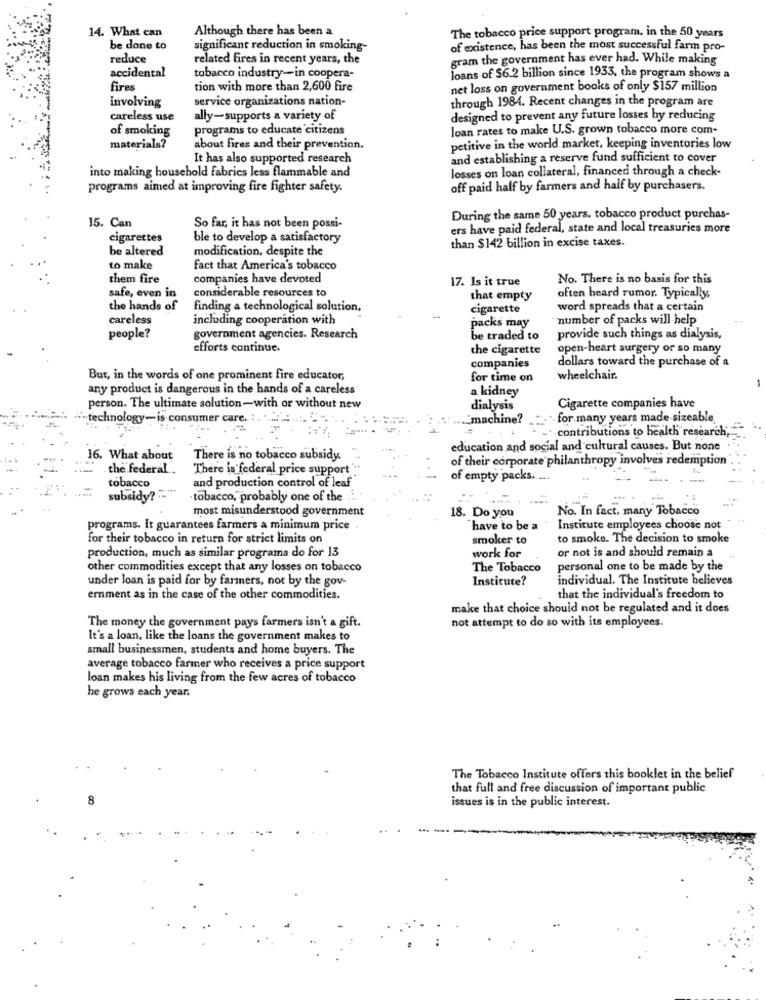
14. What can
Although there has been a
The tobacco price support program, in the 50 years
be done to
significant reduction in smoking-
of existence, has been the most successful farm pro-
reduce
related fires in recent years, the
gram the government has ever had. While making
accidental
tobacco industry-in coopera-
loans of $6.2 billion since 1933, the program shows a
fires
tion with more than 2,600 fire
net loss on government books of only $157 million
involving
service organizations nation-
through 1984. Recent changes in the program are
careless use
ally-supports a variety of
designed to prevent any future losses by reducing
of smoking
programs to educate citizens
loan rates to make U.S. grown tobacco more com-
materials?
about fires and their prevention.
petitive in the world market, keeping inventories low
It has also supported research
and establishing a reserve fund sufficient to cover
into making household fabrics less flammable and
losses on loan collateral, financed through a check-
programs aimed at improving fire fighter safety.
off paid half by farmers and half by purchasers.
15. Can
During the same 50 years, tobacco product purchas-
So far, it has not been possi-
ers have paid federal, state and local treasuries more
cigarettes
ble to develop a satisfactory
than $142 billion in excise taxes.
be altered
modification, despite the
to make
fact that America's tobacco
them fire
companies have devoted
17. Is it true
No. There is no basis for this
considerable resources to
safe, even in
that empty
often heard rumor. Typically,
the hands of
finding a technological solution,
cigarette
word spreads that a certain
careless
including cooperation with
"number of packs will help
packs may
people?
government agencies. Research
be traded to
provide such things as dialysis,
efforts continue.
the cigarette
open-heart surgery or so many
companies
dollars toward the purchase of a
But, in the words of one prominent fire educator,
for time on
wheelchair.
-
any product is dangerous in the hands of a careless
a kidney
Cigarette companies have
person. The ultimate solution-with or without new
dialysis
"-technology-is consumer care.
."machine?
for many years made-sizeable
contributions to health research,"
education and social and cultural causes. But none
16. What about
There is no tobacco subsidy.
of their corporate philanthropy involves redemption
the federal ..
There is federal price support
tobacco
and production control of leaf"
of empty packs. ..
subsidy?"
tobacco, probably one of the ...
most misunderstood government
18. Do you
No. In fact, many Tobacco
programs. It guarantees farmers a minimum price .
have to be a
Institute employees choose not
for their tobacco in return for strict limits on
smoker to
to smoke. The decision to smoke
production, much as similar programs do for 13
or not is and should remain a
work for
other commodities except that any losses on tobacco
The Tobacco
personal one to be made by the
under loan is paid for by farmers, not by the gov-
Institute?
individual. The Institute believes
ernment as in the case of the other commodities.
that the individual's freedom to
make that choice should not be regulated and it does
The money the government pays farmers isn't a gift.
not attempt to do so with its employees.
It's a loan, like the loans the government makes to
small businessmen, students and home buyers. The
average tobacco farmer who receives a price support
loan makes his living from the few acres of tobacco
he grows each year.
The Tobacco Institute offers this booklet in the belief
that full and free discussion of important public
issues is in the public interest.